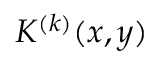
K ^ { ( k ) } ( { x } , { y } )